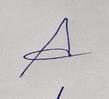
Signature authenticity: genuine